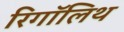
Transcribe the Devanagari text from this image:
रिगॉलिथ